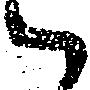
候